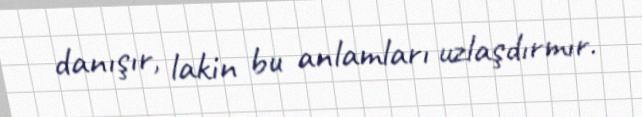
danışır, lakin bu anlamları uzlaşdırmır.